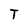
Character: T